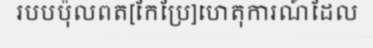
របបប៉ុលពត[កែប្រែ]ហេតុការណ៍ដែល